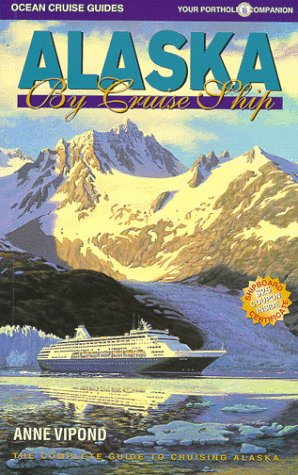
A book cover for Alaska by Cruise Ship: The Complete Guide to the Alaska Cruise Experience; Anne Vipond; Travel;